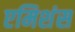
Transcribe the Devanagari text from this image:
एमिशंस